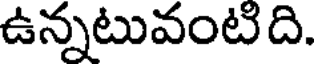
ఉన్నటువంటిది.